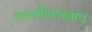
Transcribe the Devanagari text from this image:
कांशीविश्वनाथ